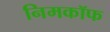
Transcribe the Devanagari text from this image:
निमकॉफ